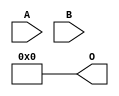
/***
* This code is a part of EvoApproxLib library (ehw.fit.vutbr.cz/approxlib) distributed under The MIT License.
* When used, please cite the following article(s): V. Mrazek, R. Hrbacek, Z. Vasicek and L. Sekanina, "EvoApprox8b: Library of approximate adders and multipliers for circuit design and benchmarking of approximation methods". Design, Automation & Test in Europe Conference & Exhibition (DATE), 2017, Lausanne, 2017, pp. 258-261. doi: 10.23919/DATE.2017.7926993 
* This file contains a circuit from a sub-set of pareto optimal circuits with respect to the pwr and wce parameters
***/
// MAE% = 24.81 %
// MAE = 16256 
// WCE% = 99.22 %
// WCE = 65025 
// WCRE% = 100.00 %
// EP% = 99.22 %
// MRE% = 100.00 %
// MSE = 47164.981e4 
// PDK45_PWR = 0.000 mW
// PDK45_AREA = 0.0 um2
// PDK45_DELAY = 0.00 ns

module mul8u_E9R (
    A,
    B,
    O
);

input [7:0] A;
input [7:0] B;
output [15:0] O;
assign O[15] = 1'b0;
assign O[14] = 1'b0;
assign O[13] = 1'b0;
assign O[12] = 1'b0;
assign O[11] = 1'b0;
assign O[10] = 1'b0;
assign O[9] = 1'b0;
assign O[8] = 1'b0;
assign O[7] = 1'b0;
assign O[6] = 1'b0;
assign O[5] = 1'b0;
assign O[4] = 1'b0;
assign O[3] = 1'b0;
assign O[2] = 1'b0;
assign O[1] = 1'b0;
assign O[0] = 1'b0;

endmodule